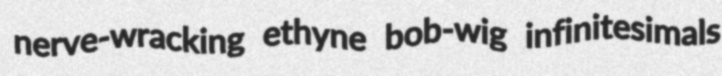
nerve-wracking ethyne bob-wig infinitesimals